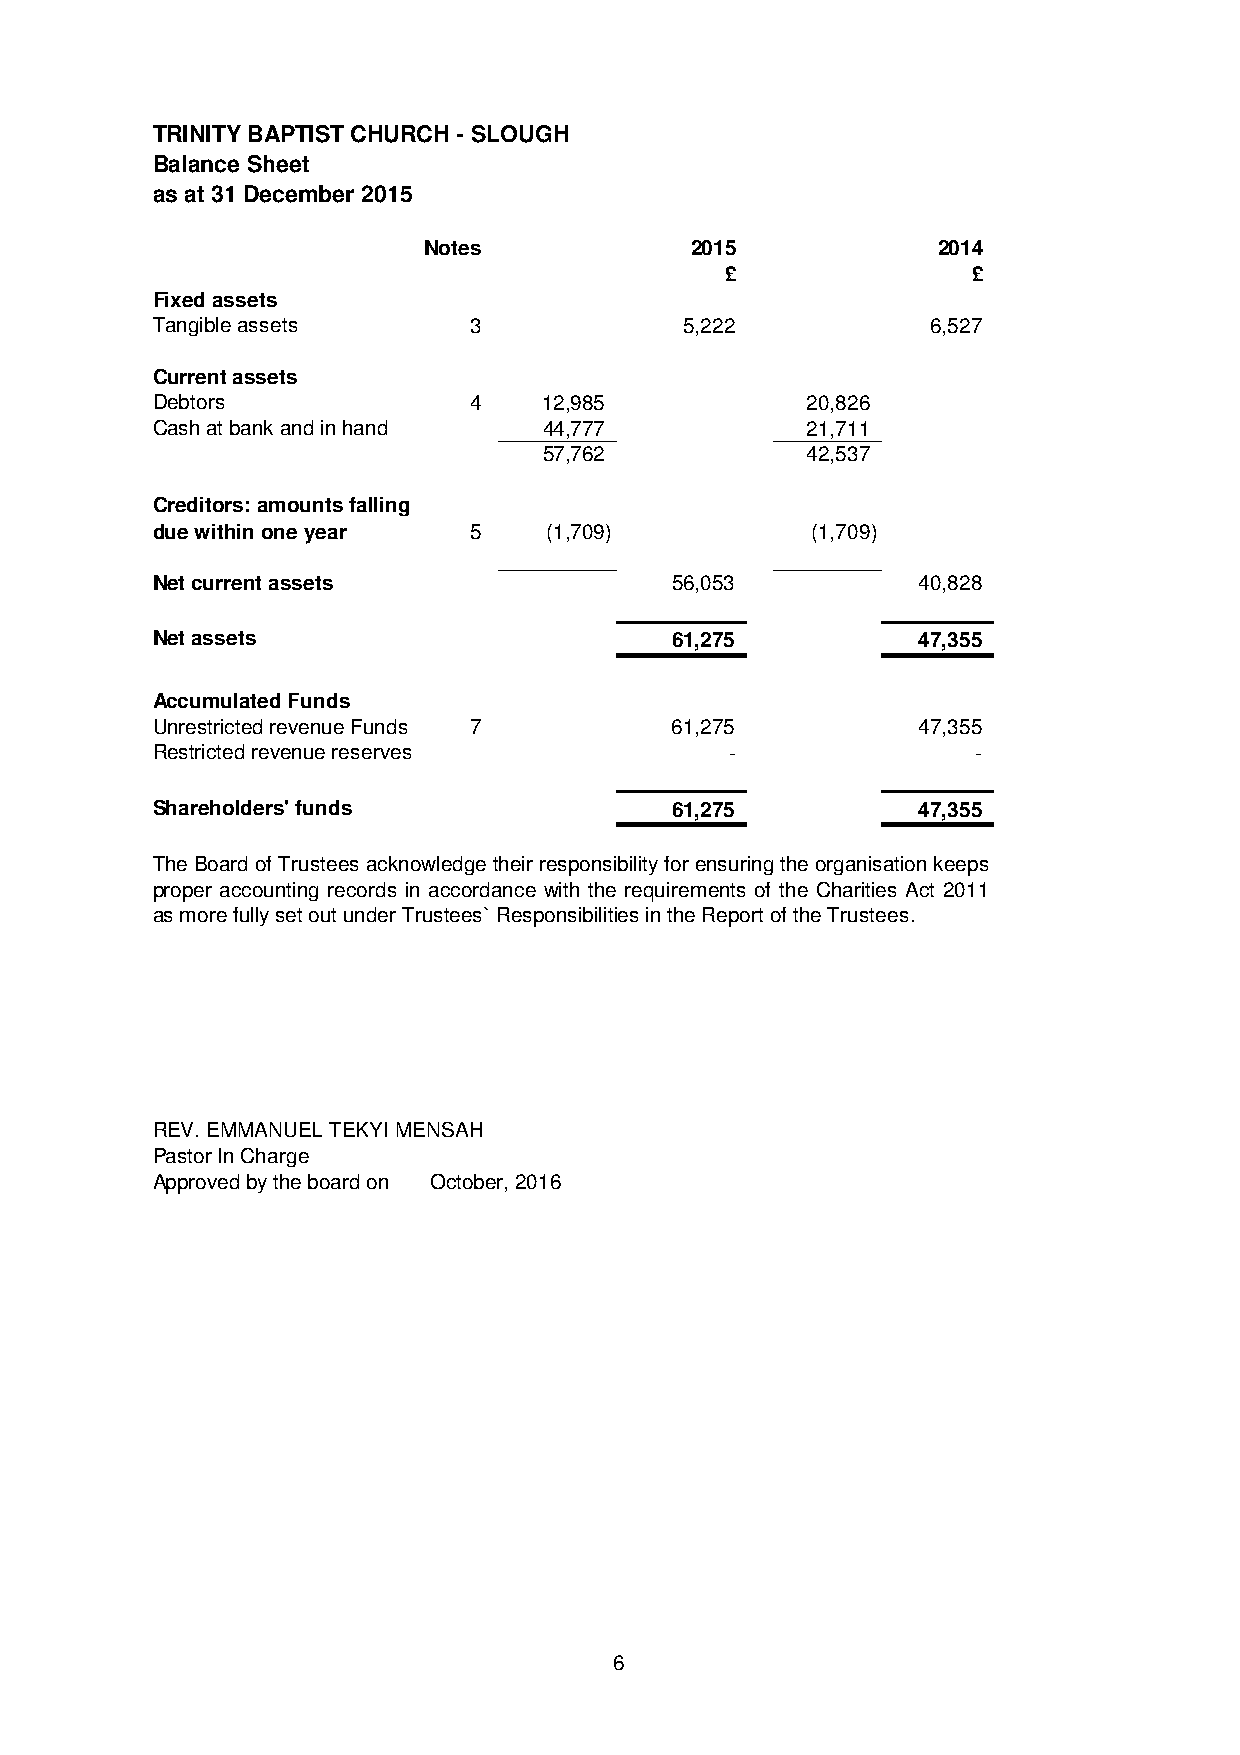
TRINITY BAPTIST CHURCH - SLOUGH
 Balance Sheet
 as at 31 December 2015
 Notes             2015            2014
 £               £
 Fixed assets
 Tangible assets      3             5,222            6,527
 Current assets
 Debtors              4    12,985           20,826
 Cash at bank and in hand  44,777           21,711
 57,762           42,537
 Creditors: amounts falling
 due within one year  5    (1,709)           (1,709)
 Net current assets                 56,053          40,828
 Net assets                         61,275          47,355
 Accumulated Funds
 Unrestricted revenue Funds 7       61,275          47,355
 Restricted revenue reserves           -                -
 Shareholders' funds                61,275          47,355
 TheBoardofTrusteesacknowledgetheirresponsibilityforensuringtheorganisationkeeps
 proper accounting records in accordance with the requirements of the Charities Act 2011
 as more fully set out under Trustees` Responsibilities in the Report of the Trustees.
 REV. EMMANUEL TEKYI MENSAH
 Pastor In Charge
 Approved by the board on October, 2016
 6